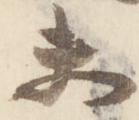
未